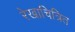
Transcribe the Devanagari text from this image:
रेखाचित्रित